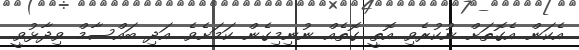
އެކަން އެގޮތަށް ނުކުރެވި އޮތީ ގޮތެއް ނުނިމިގެން ކަމަށެވެ. އަދި ބައްސާމް ވިދާޅުވީ